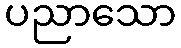
ပညာသော